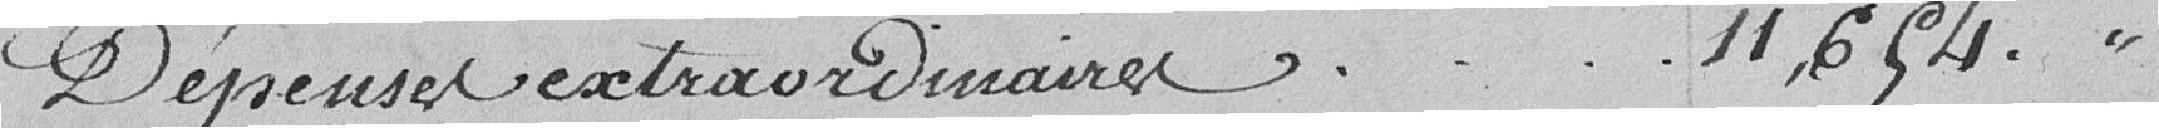
Dépenses extraordinaires   11,654